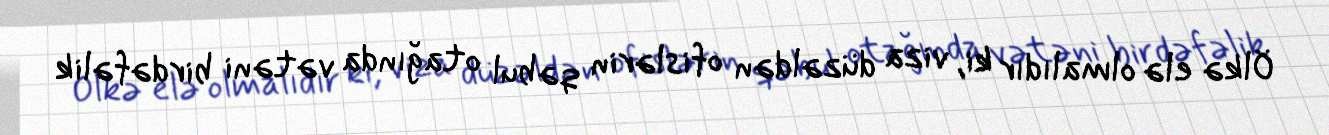
Ölkə elə olmalıdır ki, viza düzəldən ofislərin qəbul otağında vətəni birdəfəlik